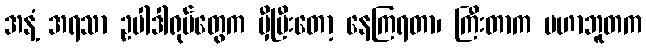
အနံ့ အရသာ ဥပါဒါရုပ်တွေက မှီပြီးတော့ နေကြရတာ၊ ကြီးတာက မဟာဘူတက